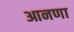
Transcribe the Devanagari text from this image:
आनणा